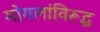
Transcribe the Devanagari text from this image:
मोगलांविरूद्ध